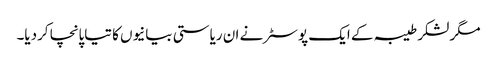
مگر لشکر طیبہ کے ایک پوسٹر نے ان ریاستی بیانیوں کا تیاپانچا کردیا۔